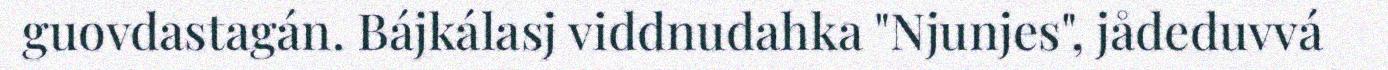
guovdastagán. Bájkálasj viddnudahka "Njunjes", jådeduvvá